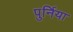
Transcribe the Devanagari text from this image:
पुर्निया